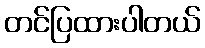
တင်ပြထားပါတယ်